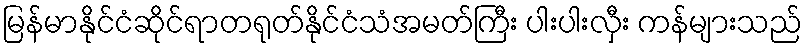
မြန်မာနိုင်ငံဆိုင်ရာတရုတ်နိုင်ငံသံအမတ်ကြီး ပါးပါးလှီး ကန်များသည်